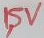
Text: 1,5V